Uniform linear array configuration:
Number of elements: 16
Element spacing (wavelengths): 0.25
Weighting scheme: hamming
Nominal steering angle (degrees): -30
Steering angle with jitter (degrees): -31.244
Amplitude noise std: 0.05
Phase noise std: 0.05

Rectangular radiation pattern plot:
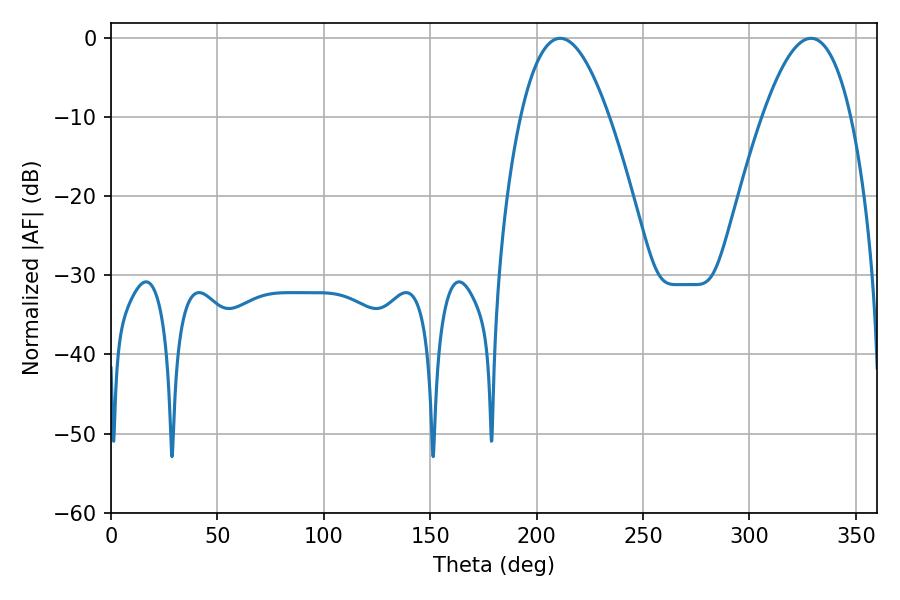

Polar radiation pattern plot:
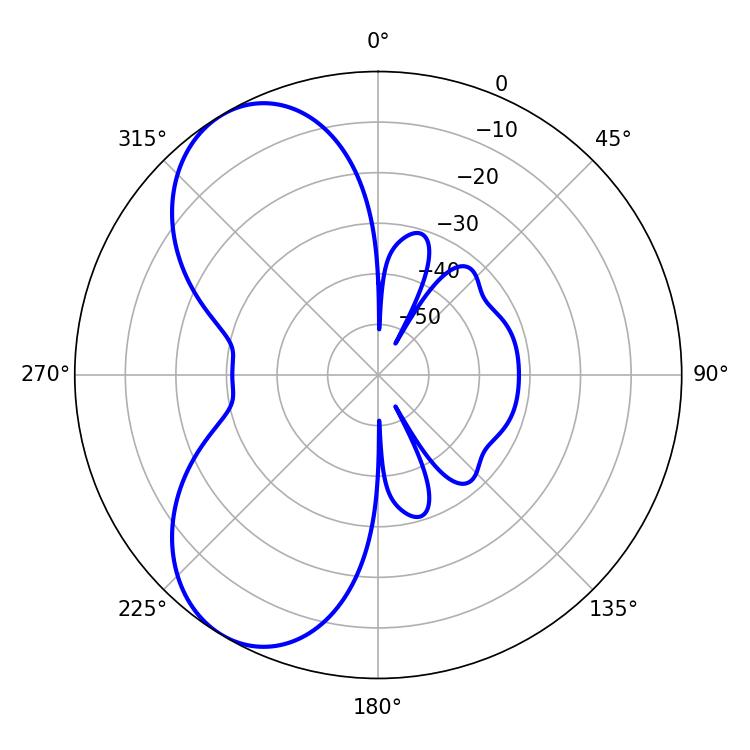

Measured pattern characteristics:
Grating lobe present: FALSE
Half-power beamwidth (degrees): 22.86
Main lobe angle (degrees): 211.14